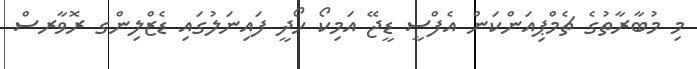
މި މުބާރާތުގެ ޗެމްޕިއަންކަން އެފްސީ ޑީޖޭ އަމިކޯ ހޯދީ ފައިނަލުގައި ޑެޒްލިންގ ރޮވާރސް